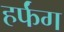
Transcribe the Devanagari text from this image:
हर्फंग